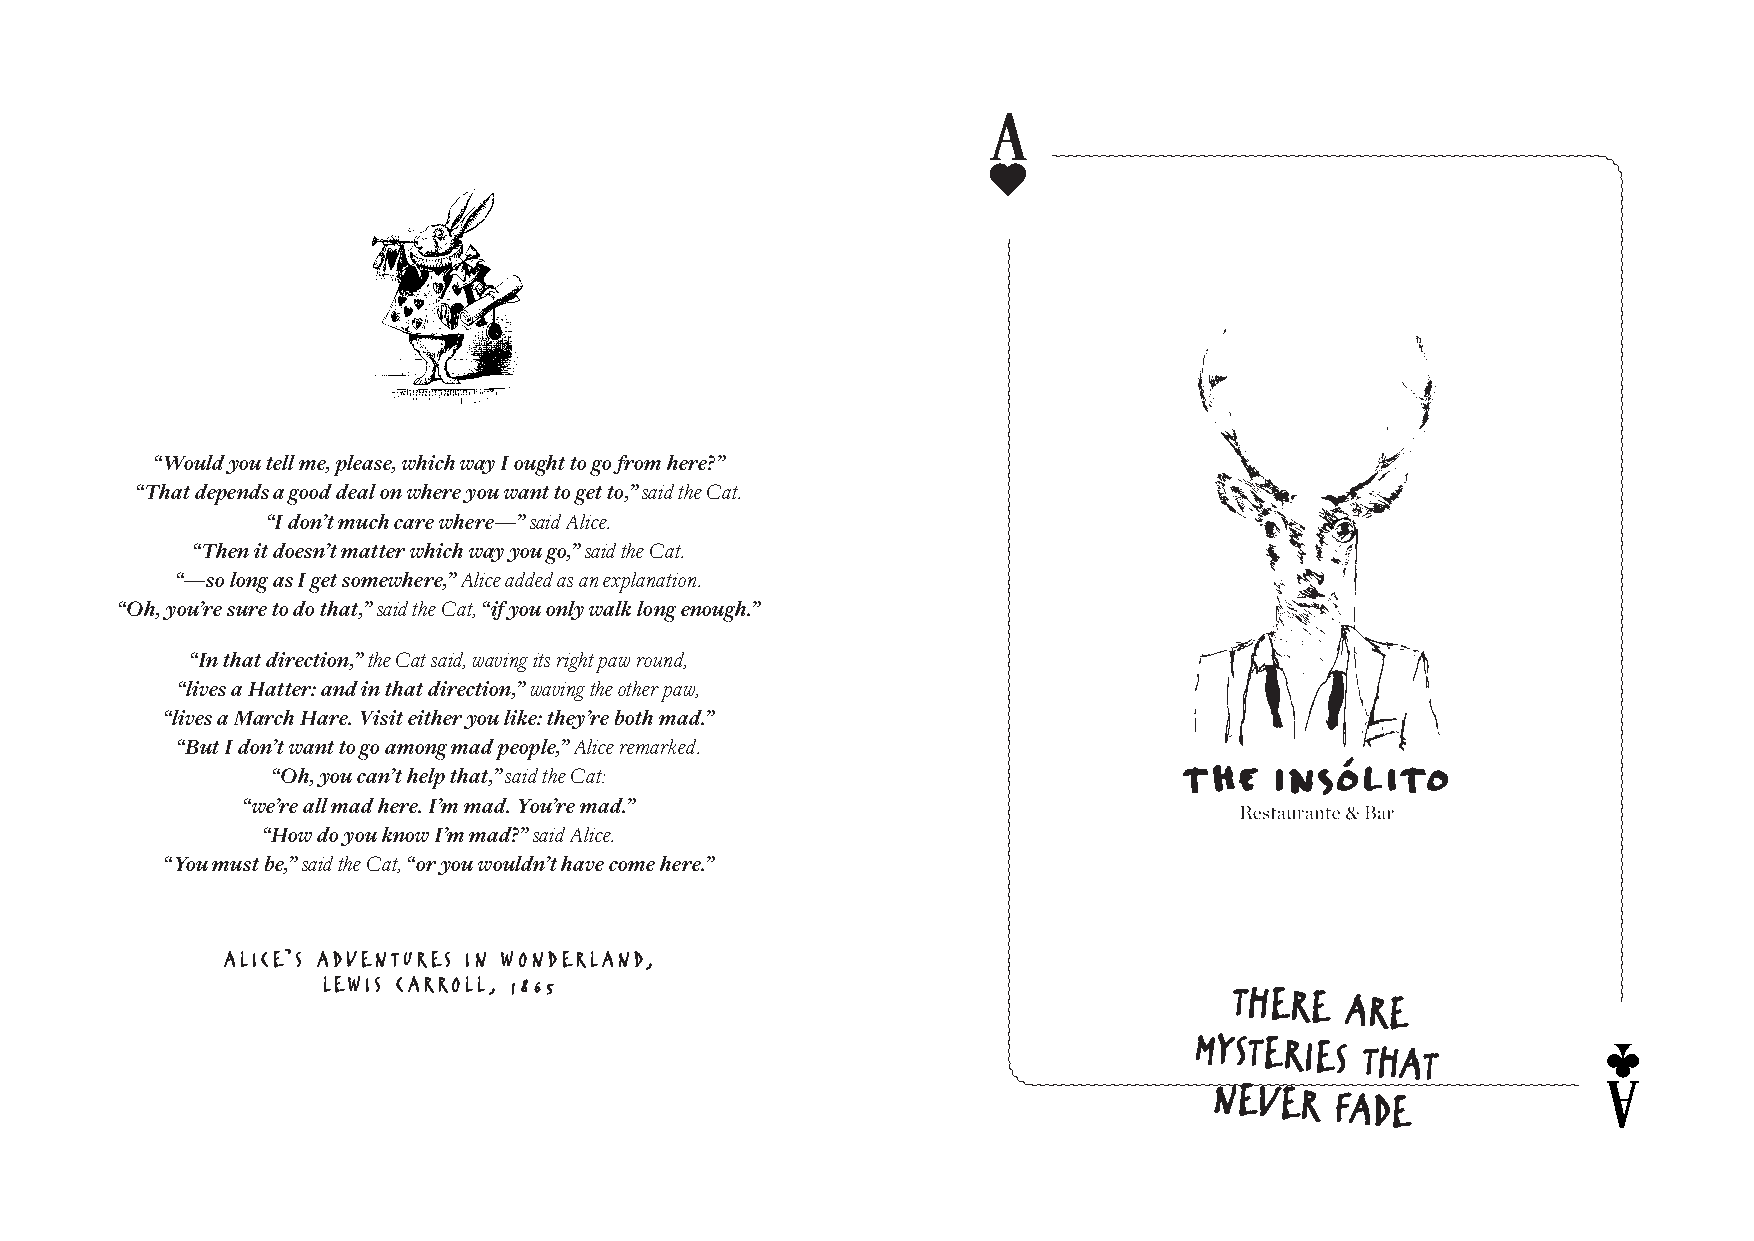
“Would you tell me, please, which way I ought to go from here?”
 “That depends a good deal on where you want to get to,” said the Cat.
 “I don’t much care where—” said Alice.
 “Then it doesn’t matter which way you go,” said the Cat.
 “—so long as I get somewhere,” Alice added as an explanation.
 “Oh, you’re sure to do that,” said the Cat, “if you only walk long enough.”
 “In that direction,” the Cat said, waving its right paw round,
 “lives a Hatter: and in that direction,” waving the other paw,
 “lives a March Hare. Visit either you like: they’re both mad.”
 “But I don’t want to go among mad people,” Alice remarked.
 “Oh, you can’t help that,” said the Cat:
 “we’re all mad here. I’m mad. You’re mad.”
 “How do you know I’m mad?” said Alice.
 “You must be,” said the Cat, “or you wouldn’t have come here.”
 ALICE’S ADVENTURES IN WONDERLAND,
 LEWIS CARROLL, 1865